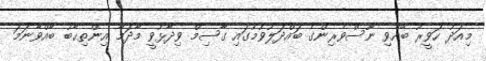
މިއަދު ހަވީރު ބޭއްވި ނޫސްވެރިންގެ ބައްދަލުވުމުގައި ގާސިމް ވިދާޅުވީ މާދަމާ އިންތިޙާބު ބާއްވާނަމަ